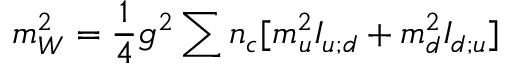
m _ { W } ^ { 2 } = { \frac { 1 } { 4 } } g ^ { 2 } \sum n _ { c } [ m _ { u } ^ { 2 } I _ { u ; d } + m _ { d } ^ { 2 } I _ { d ; u } ] \,